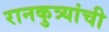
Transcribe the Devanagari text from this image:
रानकुत्र्यांची